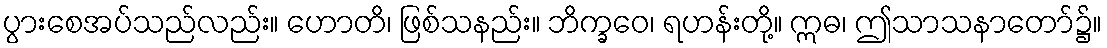
ပွားစေအပ်သည်လည်း။ ဟောတိ၊ ဖြစ်သနည်း။ ဘိက္ခဝေ၊ ရဟန်းတို့။ ဣဓ၊ ဤသာသနာတော်၌။